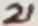
Text: 21